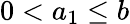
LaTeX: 0<a_{1}\leq b